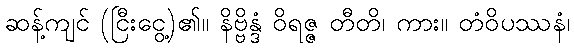
ဆန့်ကျင် (ငြီးငွေ့)၏။ နိဗ္ဗိန္ဒံ ဝိရဇ္ဇ တီတိ၊ ကား။ တံဝိပဿနံ၊